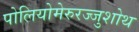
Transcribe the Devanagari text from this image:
पोलियोमेरुरज्जुशोथ